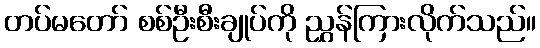
တပ်မတော် စစ်ဦးစီးချုပ်ကို ညွှန်ကြားလိုက်သည်။